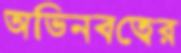
অভিনবত্বের